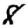
Digit: 8